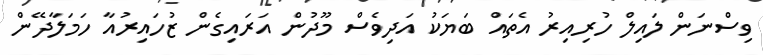
ވިސްނަން ލައިލް ހުރިއިރު އެތައް ބަޔަކު އަދިވެސް މޫދުން އަރައިގެން ޒުހައިރުއާ ހަމަލާދޭން